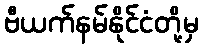
ဗီယက်နမ်နိုင်ငံတို့မှ